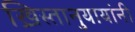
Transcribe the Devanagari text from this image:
ख्रिस्तानुयायांनी